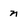
Character: n